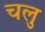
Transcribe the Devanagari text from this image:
चलु